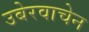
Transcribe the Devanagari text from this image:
उबेरवाचेन